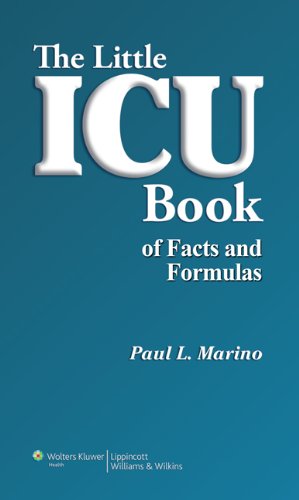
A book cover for The Little ICU Book of Facts and Formulas; Paul L. Marino MD  PhD  FCCM; Medical Books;